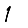
Digit: 1